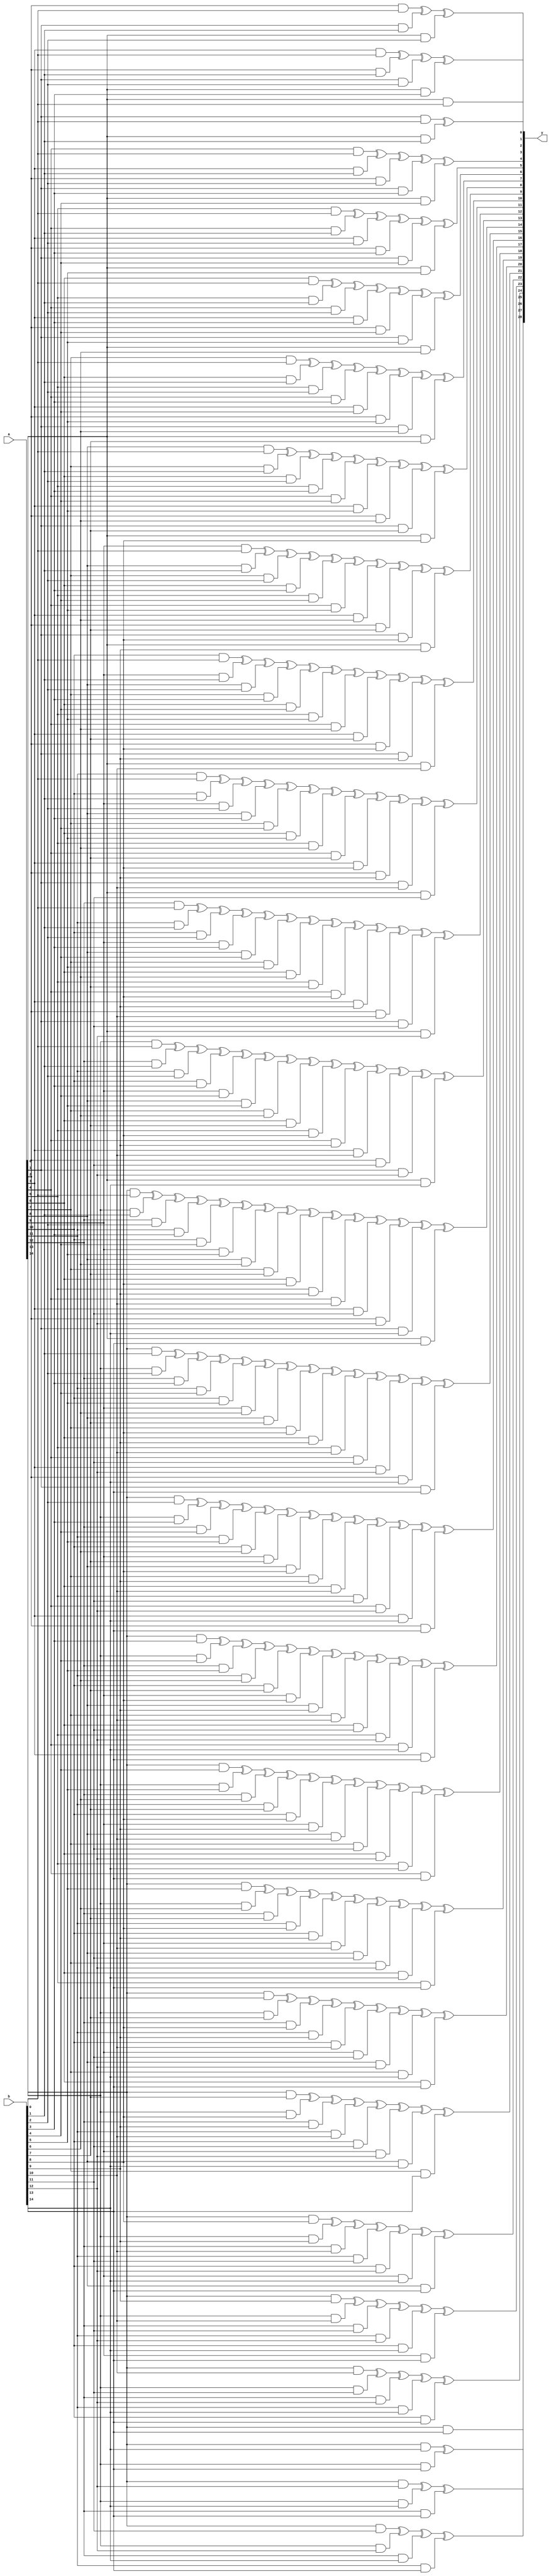
`timescale 1ns / 1ps
//////////////////////////////////////////////////////////////////////////////////
// Company: 
// Engineer: 
// 
// Design Name: 
// Module Name: CA_2bit
// Project Name: 
// Target Devices: 
// Tool Versions: 
// Description: 
// 
// Dependencies: 
// 
// Revision:
// Revision 0.01 - File Created
// Additional Comments:
// 
//////////////////////////////////////////////////////////////////////////////////


module CA_15bit(
    a,
    b,
    y
    );

input [14:0] a;
input [14:0] b;

output [28:0] y;


assign y[0] = (a[0] & b[0]);
assign y[1] = (a[1] & b[0])^(a[0] & b[1]);
assign y[2] = (a[2] & b[0])^(a[1] & b[1])^(a[0] & b[2]);
assign y[3] = (a[3] & b[0])^(a[2] & b[1])^(a[1] & b[2])^(a[0] & b[3]);
assign y[4] = (a[4] & b[0])^(a[3] & b[1])^(a[2] & b[2])^(a[1] & b[3])^(a[0] & b[4]);
assign y[5] = (a[5] & b[0])^(a[4] & b[1])^(a[3] & b[2])^(a[2] & b[3])^(a[1] & b[4])^(a[0] & b[5]);
assign y[6] = (a[6] & b[0])^(a[5] & b[1])^(a[4] & b[2])^(a[3] & b[3])^(a[2] & b[4])^(a[1] & b[5])^(a[0] & b[6]);
assign y[7] = (a[7] & b[0])^(a[6] & b[1])^(a[5] & b[2])^(a[4] & b[3])^(a[3] & b[4])^(a[2] & b[5])^(a[1] & b[6])^(a[0] & b[7]);
assign y[8] = (a[8] & b[0])^(a[7] & b[1])^(a[6] & b[2])^(a[5] & b[3])^(a[4] & b[4])^(a[3] & b[5])^(a[2] & b[6])^(a[1] & b[7])^(a[0] & b[8]);
assign y[9] = (a[9] & b[0])^(a[8] & b[1])^(a[7] & b[2])^(a[6] & b[3])^(a[5] & b[4])^(a[4] & b[5])^(a[3] & b[6])^(a[2] & b[7])^(a[1] & b[8])^(a[0] & b[9]);
assign y[10] = (a[10] & b[0])^(a[9] & b[1])^(a[8] & b[2])^(a[7] & b[3])^(a[6] & b[4])^(a[5] & b[5])^(a[4] & b[6])^(a[3] & b[7])^(a[2] & b[8])^(a[1] & b[9])^(a[0] & b[10]);
assign y[11] = (a[11] & b[0])^(a[10] & b[1])^(a[9] & b[2])^(a[8] & b[3])^(a[7] & b[4])^(a[6] & b[5])^(a[5] & b[6])^(a[4] & b[7])^(a[3] & b[8])^(a[2] & b[9])^(a[1] & b[10])^(a[0] & b[11]);
assign y[12] = (a[12] & b[0])^(a[11] & b[1])^(a[10] & b[2])^(a[9] & b[3])^(a[8] & b[4])^(a[7] & b[5])^(a[6] & b[6])^(a[5] & b[7])^(a[4] & b[8])^(a[3] & b[9])^(a[2] & b[10])^(a[1] & b[11])^(a[0] & b[12]);
assign y[13] = (a[13] & b[0])^(a[12] & b[1])^(a[11] & b[2])^(a[10] & b[3])^(a[9] & b[4])^(a[8] & b[5])^(a[7] & b[6])^(a[6] & b[7])^(a[5] & b[8])^(a[4] & b[9])^(a[3] & b[10])^(a[2] & b[11])^(a[1] & b[12])^(a[0] & b[13]);
assign y[14] = (a[14] & b[0])^(a[13] & b[1])^(a[12] & b[2])^(a[11] & b[3])^(a[10] & b[4])^(a[9] & b[5])^(a[8] & b[6])^(a[7] & b[7])^(a[6] & b[8])^(a[5] & b[9])^(a[4] & b[10])^(a[3] & b[11])^(a[2] & b[12])^(a[1] & b[13])^(a[0] & b[14]);
assign y[15] = (a[14] & b[1])^(a[13] & b[2])^(a[12] & b[3])^(a[11] & b[4])^(a[10] & b[5])^(a[9] & b[6])^(a[8] & b[7])^(a[7] & b[8])^(a[6] & b[9])^(a[5] & b[10])^(a[4] & b[11])^(a[3] & b[12])^(a[2] & b[13])^(a[1] & b[14]);
assign y[16] = (a[14] & b[2])^(a[13] & b[3])^(a[12] & b[4])^(a[11] & b[5])^(a[10] & b[6])^(a[9] & b[7])^(a[8] & b[8])^(a[7] & b[9])^(a[6] & b[10])^(a[5] & b[11])^(a[4] & b[12])^(a[3] & b[13])^(a[2] & b[14]);
assign y[17] = (a[14] & b[3])^(a[13] & b[4])^(a[12] & b[5])^(a[11] & b[6])^(a[10] & b[7])^(a[9] & b[8])^(a[8] & b[9])^(a[7] & b[10])^(a[6] & b[11])^(a[5] & b[12])^(a[4] & b[13])^(a[3] & b[14]);
assign y[18] = (a[14] & b[4])^(a[13] & b[5])^(a[12] & b[6])^(a[11] & b[7])^(a[10] & b[8])^(a[9] & b[9])^(a[8] & b[10])^(a[7] & b[11])^(a[6] & b[12])^(a[5] & b[13])^(a[4] & b[14]);
assign y[19] = (a[14] & b[5])^(a[13] & b[6])^(a[12] & b[7])^(a[11] & b[8])^(a[10] & b[9])^(a[9] & b[10])^(a[8] & b[11])^(a[7] & b[12])^(a[6] & b[13])^(a[5] & b[14]);
assign y[20] = (a[14] & b[6])^(a[13] & b[7])^(a[12] & b[8])^(a[11] & b[9])^(a[10] & b[10])^(a[9] & b[11])^(a[8] & b[12])^(a[7] & b[13])^(a[6] & b[14]);
assign y[21] = (a[14] & b[7])^(a[13] & b[8])^(a[12] & b[9])^(a[11] & b[10])^(a[10] & b[11])^(a[9] & b[12])^(a[8] & b[13])^(a[7] & b[14]);
assign y[22] = (a[14] & b[8])^(a[13] & b[9])^(a[12] & b[10])^(a[11] & b[11])^(a[10] & b[12])^(a[9] & b[13])^(a[8] & b[14]);
assign y[23] = (a[14] & b[9])^(a[13] & b[10])^(a[12] & b[11])^(a[11] & b[12])^(a[10] & b[13])^(a[9] & b[14]);
assign y[24] = (a[14] & b[10])^(a[13] & b[11])^(a[12] & b[12])^(a[11] & b[13])^(a[10] & b[14]);
assign y[25] = (a[14] & b[11])^(a[13] & b[12])^(a[12] & b[13])^(a[11] & b[14]);
assign y[26] = (a[14] & b[12])^(a[13] & b[13])^(a[12] & b[14]);
assign y[27] = (a[14] & b[13])^(a[13] & b[14]);
assign y[28] = (a[14] & b[14]);


   
endmodule